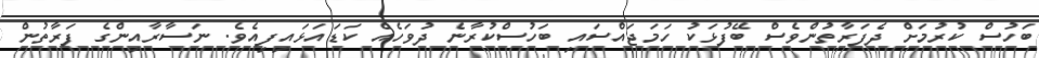
ބަހުސް ކުރުމަށް ދެފަރާތުންވެސް ބޭފުޅަކު ހަމަޖައްސައި ބަހުސްކުރާނެ ދުވަހެއް ކަޑައަޅައިފިއެވެ. ނަސާރާއިންގެ ފަރާތުން